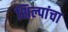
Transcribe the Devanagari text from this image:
शिल्पांचा